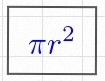
\pi r^2